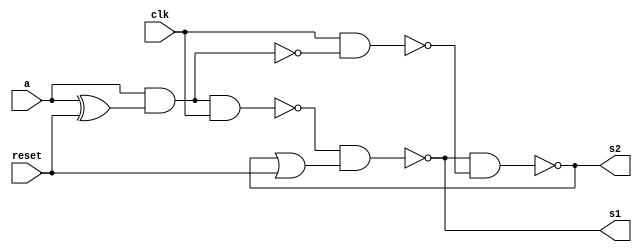
`ifndef __DLATCH_RST__
 `define __DLATCH_RST__

module Dlatch_rst(a, clk, reset, s1, s2);
   output s1,  s2;
   input  a, clk, reset;

   wire   or_0_out, nand_0_out, nand_1_out, xor_0_out, and_0_out, nand_2_out, not_0_out, nand_3_out;

   xor xor0(xor_0_out, a, reset);
   and and0(and_0_out, a, xor_0_out);
   
   nand nand2(nand_2_out, and_0_out, clk);
   not not0(not_0_out, and_0_out);
   nand nand3(nand_3_out, clk, not_0_out);

   nand nand0(nand_0_out, nand_2_out, or_0_out);   
   nand nand1(nand_1_out, nand_0_out, nand_3_out);

   or or0(or_0_out, nand_1_out, reset);

   buf buf0(s1, nand_0_out);
   buf buf1(s2, nand_1_out);

endmodule

`endif